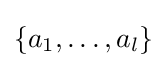
\{a_{1},\dots ,a_{l}\}